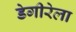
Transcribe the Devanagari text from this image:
डेगीरेला